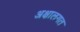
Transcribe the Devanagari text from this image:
अक्षालगत